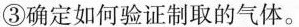
③确定如何验证制取的气体。